Problem: 9 × 9 = ?
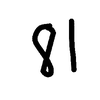
Handwritten answer: 81